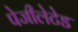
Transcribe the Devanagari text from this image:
पेजीलेटेड